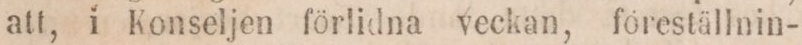
att, i Konseljen förlidna veckan, föreställnin-